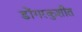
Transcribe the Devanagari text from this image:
डोंगरकुशीत